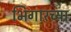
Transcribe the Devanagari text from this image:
भिगारच्या